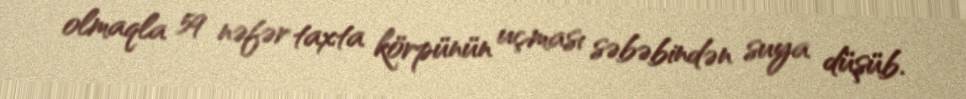
olmaqla 59 nəfər taxta körpünün uçması səbəbindən suya düşüb.